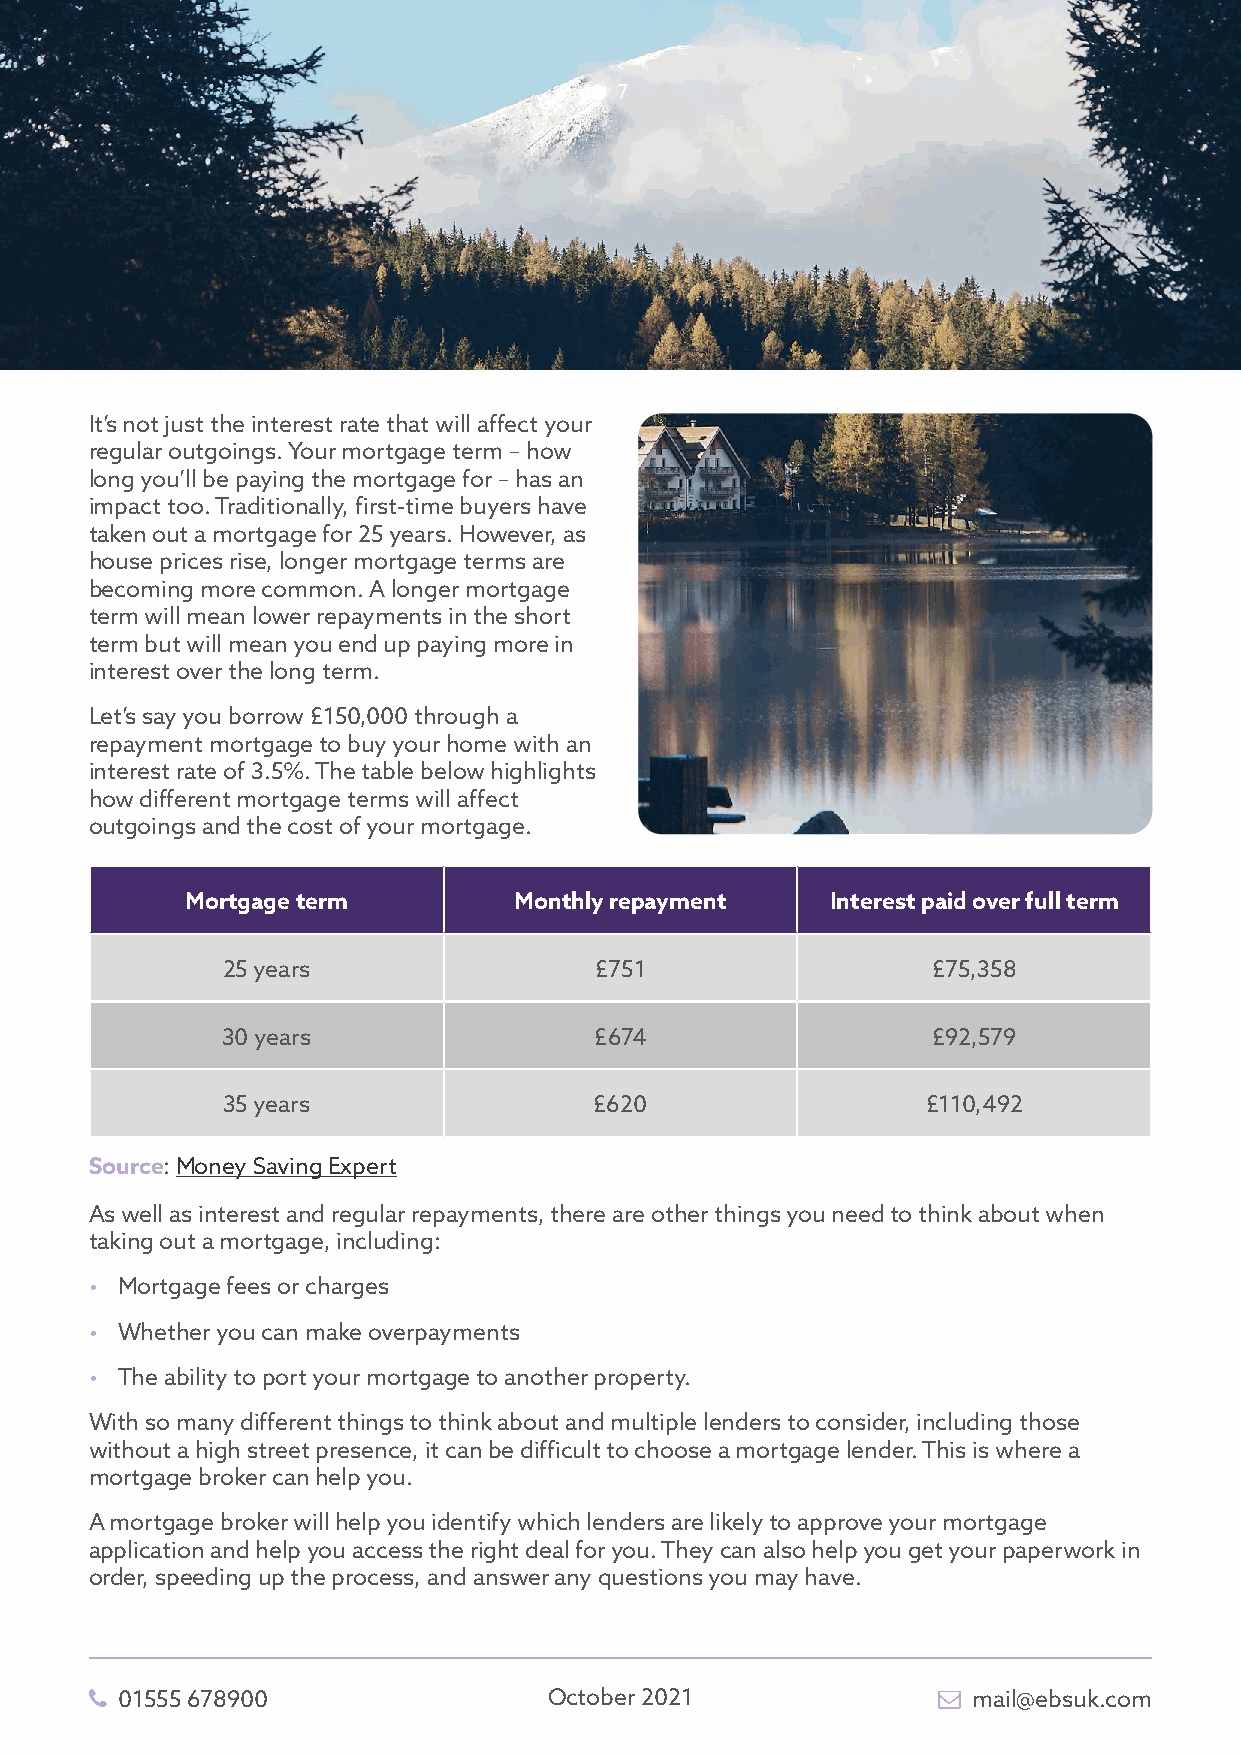
7
 It’s not just the interest rate that will affect your
 regular outgoings. Your mortgage term – how
 long you’ll be paying the mortgage for – has an
 impact too. Traditionally, first-time buyers have
 taken out a mortgage for 25 years. However, as
 house prices rise, longer mortgage terms are
 becoming more common. A longer mortgage
 term will mean lower repayments in the short
 term but will mean you end up paying more in
 interest over the long term.
 Let’s say you borrow £150,000 through a
 repayment mortgage to buy your home with an
 interest rate of 3.5%. The table below highlights
 how different mortgage terms will affect
 outgoings and the cost of your mortgage.
 Mortgage term         Monthly repayment    Interest paid over full term
 25 years                £751                   £75,358
 30 years                £674                   £92,579
 35 years                £620                  £110,492
 Source: Money Saving Expert
 As well as interest and regular repayments, there are other things you need to think about when
 taking out a mortgage, including:
 • Mortgage fees or charges
 • Whether you can make overpayments
 • The ability to port your mortgage to another property.
 With so many different things to think about and multiple lenders to consider, including those
 without a high street presence, it can be difficult to choose a mortgage lender. This is where a
 mortgage broker can help you.
 A mortgage broker will help you identify which lenders are likely to approve your mortgage
 application and help you access the right deal for you. They can also help you get your paperwork in
 order, speeding up the process, and answer any questions you may have.
  01555 678900                October 2021               mail@ebsuk.com